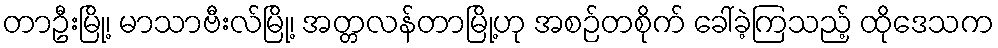
တာဦးမြို့၊ မာသာဗီးလ်မြို့၊ အတ္တလန်တာမြို့ဟု အစဉ်တစိုက် ခေါ်ခဲ့ကြသည့် ထိုဒေသက